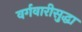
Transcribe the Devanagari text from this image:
वर्गवारीसुद्धा